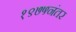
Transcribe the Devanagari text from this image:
१९७५नंतर